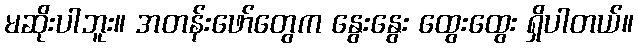
မဆိုးပါဘူး။ အတန်းဖော်တွေက နွေးနွေး ထွေးထွေး ရှိပါတယ်။